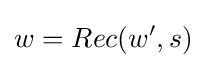
w=Rec(w',s)